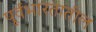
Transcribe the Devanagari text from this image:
पूर्वभारतातील